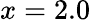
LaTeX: x=2.0